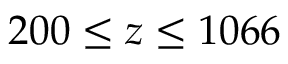
2 0 0 \leq z \leq 1 0 6 6